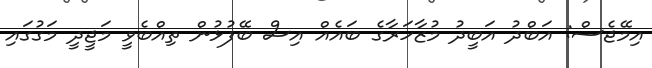
އިމޭޖެސް: އަބްދު އަބީދު މުޒާހަރާގެ ބައެއް އިސް ބޭފުޅުން ތިއްބެވީ މަޖީދީ މަގުގައި